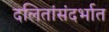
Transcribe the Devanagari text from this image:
दलितांसंदर्भात